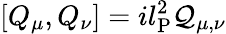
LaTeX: [Q_{\mu},Q_{\nu}]=il_{\mathrm{P}}^{2}{\cal Q}_{\mu,\nu}